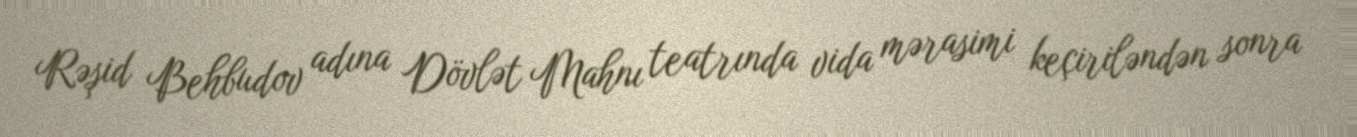
Rəşid Behbudov adına Dövlət Mahnı teatrında vida mərasimi keçiriləndən sonra